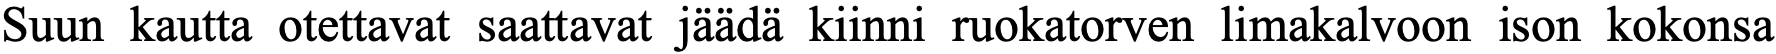
Suun kautta otettavat saattavat jäädä kiinni ruokatorven limakalvoon ison kokonsa